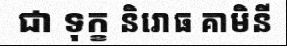
ជា ទុក្ខ និរោធ គាមិនី